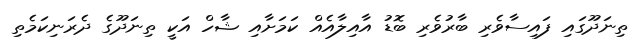
ތިނަދޫގައި ފައިސާވެރި ބާރުވެރި ބޮޑު އާއިލާއެއް ކަމަށާއި ޝާހް އަކީ ތިނަދޫގެ ދެރަނިކަމެތި